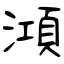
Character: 澒